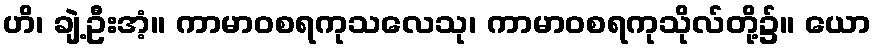
ဟိ၊ ချဲ့ဦးအံ့။ ကာမာဝစရကုသလေသု၊ ကာမာဝစရကုသိုလ်တို့၌။ ယော